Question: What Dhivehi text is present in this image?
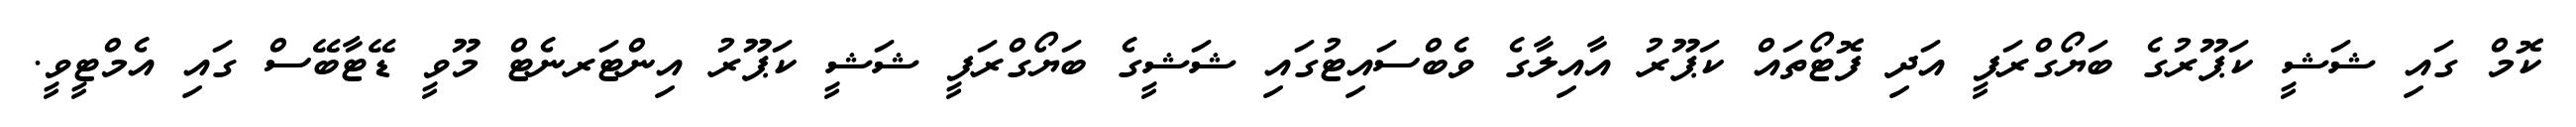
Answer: ކޮމް ގައި ޝަޝީ ކަޕޫރުގެ ބަޔޯގްރަފީ އަދި ފޮޓޯތައް ކަޕޫރު އާއިލާގެ ވެބްސައިޓުގައި ޝަޝީގެ ބަޔޯގްރަފީ ޝަޝީ ކަޕޫރު އިންޓަރނެޓް މޫވީ ޑޭޓާބޭސް ގައި އެމްޓީވީ.